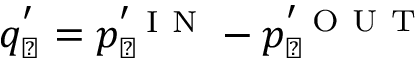
q _ { \perp } ^ { ' } = p _ { \perp } ^ { ' \mathrm { ~ I ~ N ~ } } - p _ { \perp } ^ { ' \mathrm { ~ O ~ U ~ T ~ } }